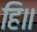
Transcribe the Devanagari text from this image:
हि॥